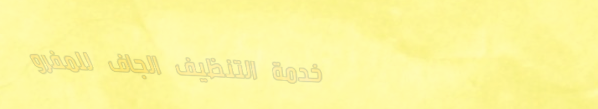
خدمة التنظيف الجاف للمفرو